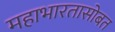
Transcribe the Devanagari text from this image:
महाभारतासोबत